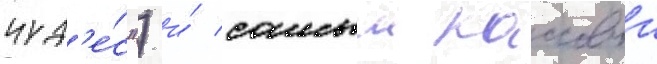
чуд'е́с") и́ самыи кассовыи